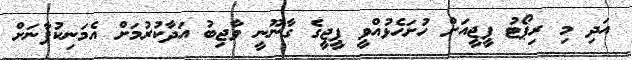
އަދި މި ރިޕޯޓު ޕީޖީއަށް ހުށަހެޅުއްވީ ޕީޖީގެ ގާނޫނީ ވާޖިބު އަދާކުރުމަށް އެމަނިކުފާނަށް